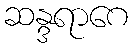
ဆန္ဒရာဂေ